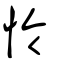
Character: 怜